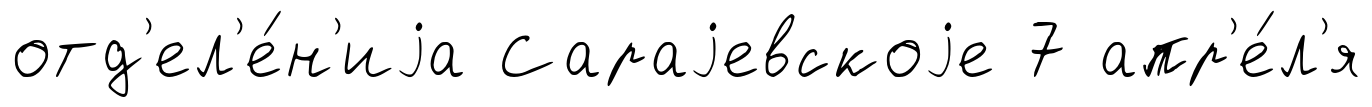
отд'ел'е́н'иjа Сараjевскоjе 7 апр'е́л'я